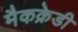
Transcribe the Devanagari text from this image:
मैकक्रेडी